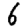
Digit: 6